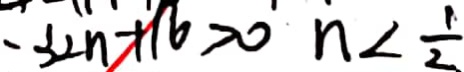
- 3 2 n + 1 6 > 0 n < \frac { 1 } { 2 }